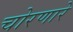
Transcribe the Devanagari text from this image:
चोरणारे